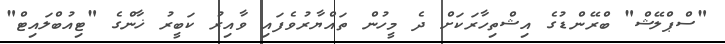
"ސްޕްލޭޝް" ބްރޭންޑުގެ އިޝްތިހާރަކަށް ދެ މީހުން ތައްޔާރުވެފައި ވާއިރު ކަބީރު ޚާންގެ "ޓިއުބްލައިޓް"